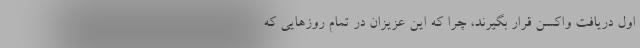
اول دریافت واکسن قرار بگیرند، چرا که این عزیزان در تمام روزهایی که